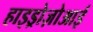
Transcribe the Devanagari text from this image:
हाइड्रोज़ोआई